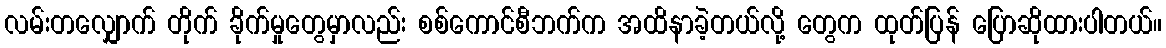
လမ်းတလျှောက် တိုက် ခိုက်မှုတွေမှာလည်း စစ်ကောင်စီဘက်က အထိနာခဲ့တယ်လို့ တွေက ထုတ်ပြန် ပြောဆိုထားပါတယ်။